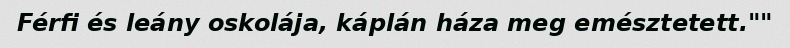
Férfi és leány oskolája, káplán háza meg emésztetett.""